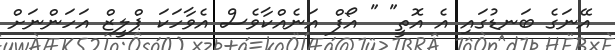
އޭނަގެ ބަނޑުގައި އެ އޮތީ" " އޯފް އަނެއްކާވެސް އެވާހަކަ ޕްލީޒް އަހަންނަށް